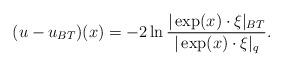
LaTeX: \begin{align*}(u-u_{BT})(x)=-2\ln\frac{|\exp(x)\cdot \xi|_{BT}}{|\exp(x)\cdot \xi|_{q}}.\end{align*}